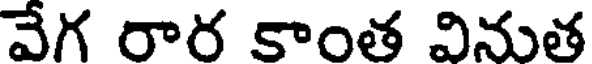
వేగ రార కాంత వినుత